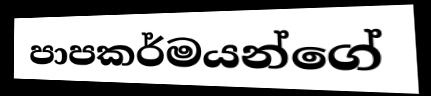
පාපකර්මයන්ගේ